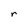
Character: r